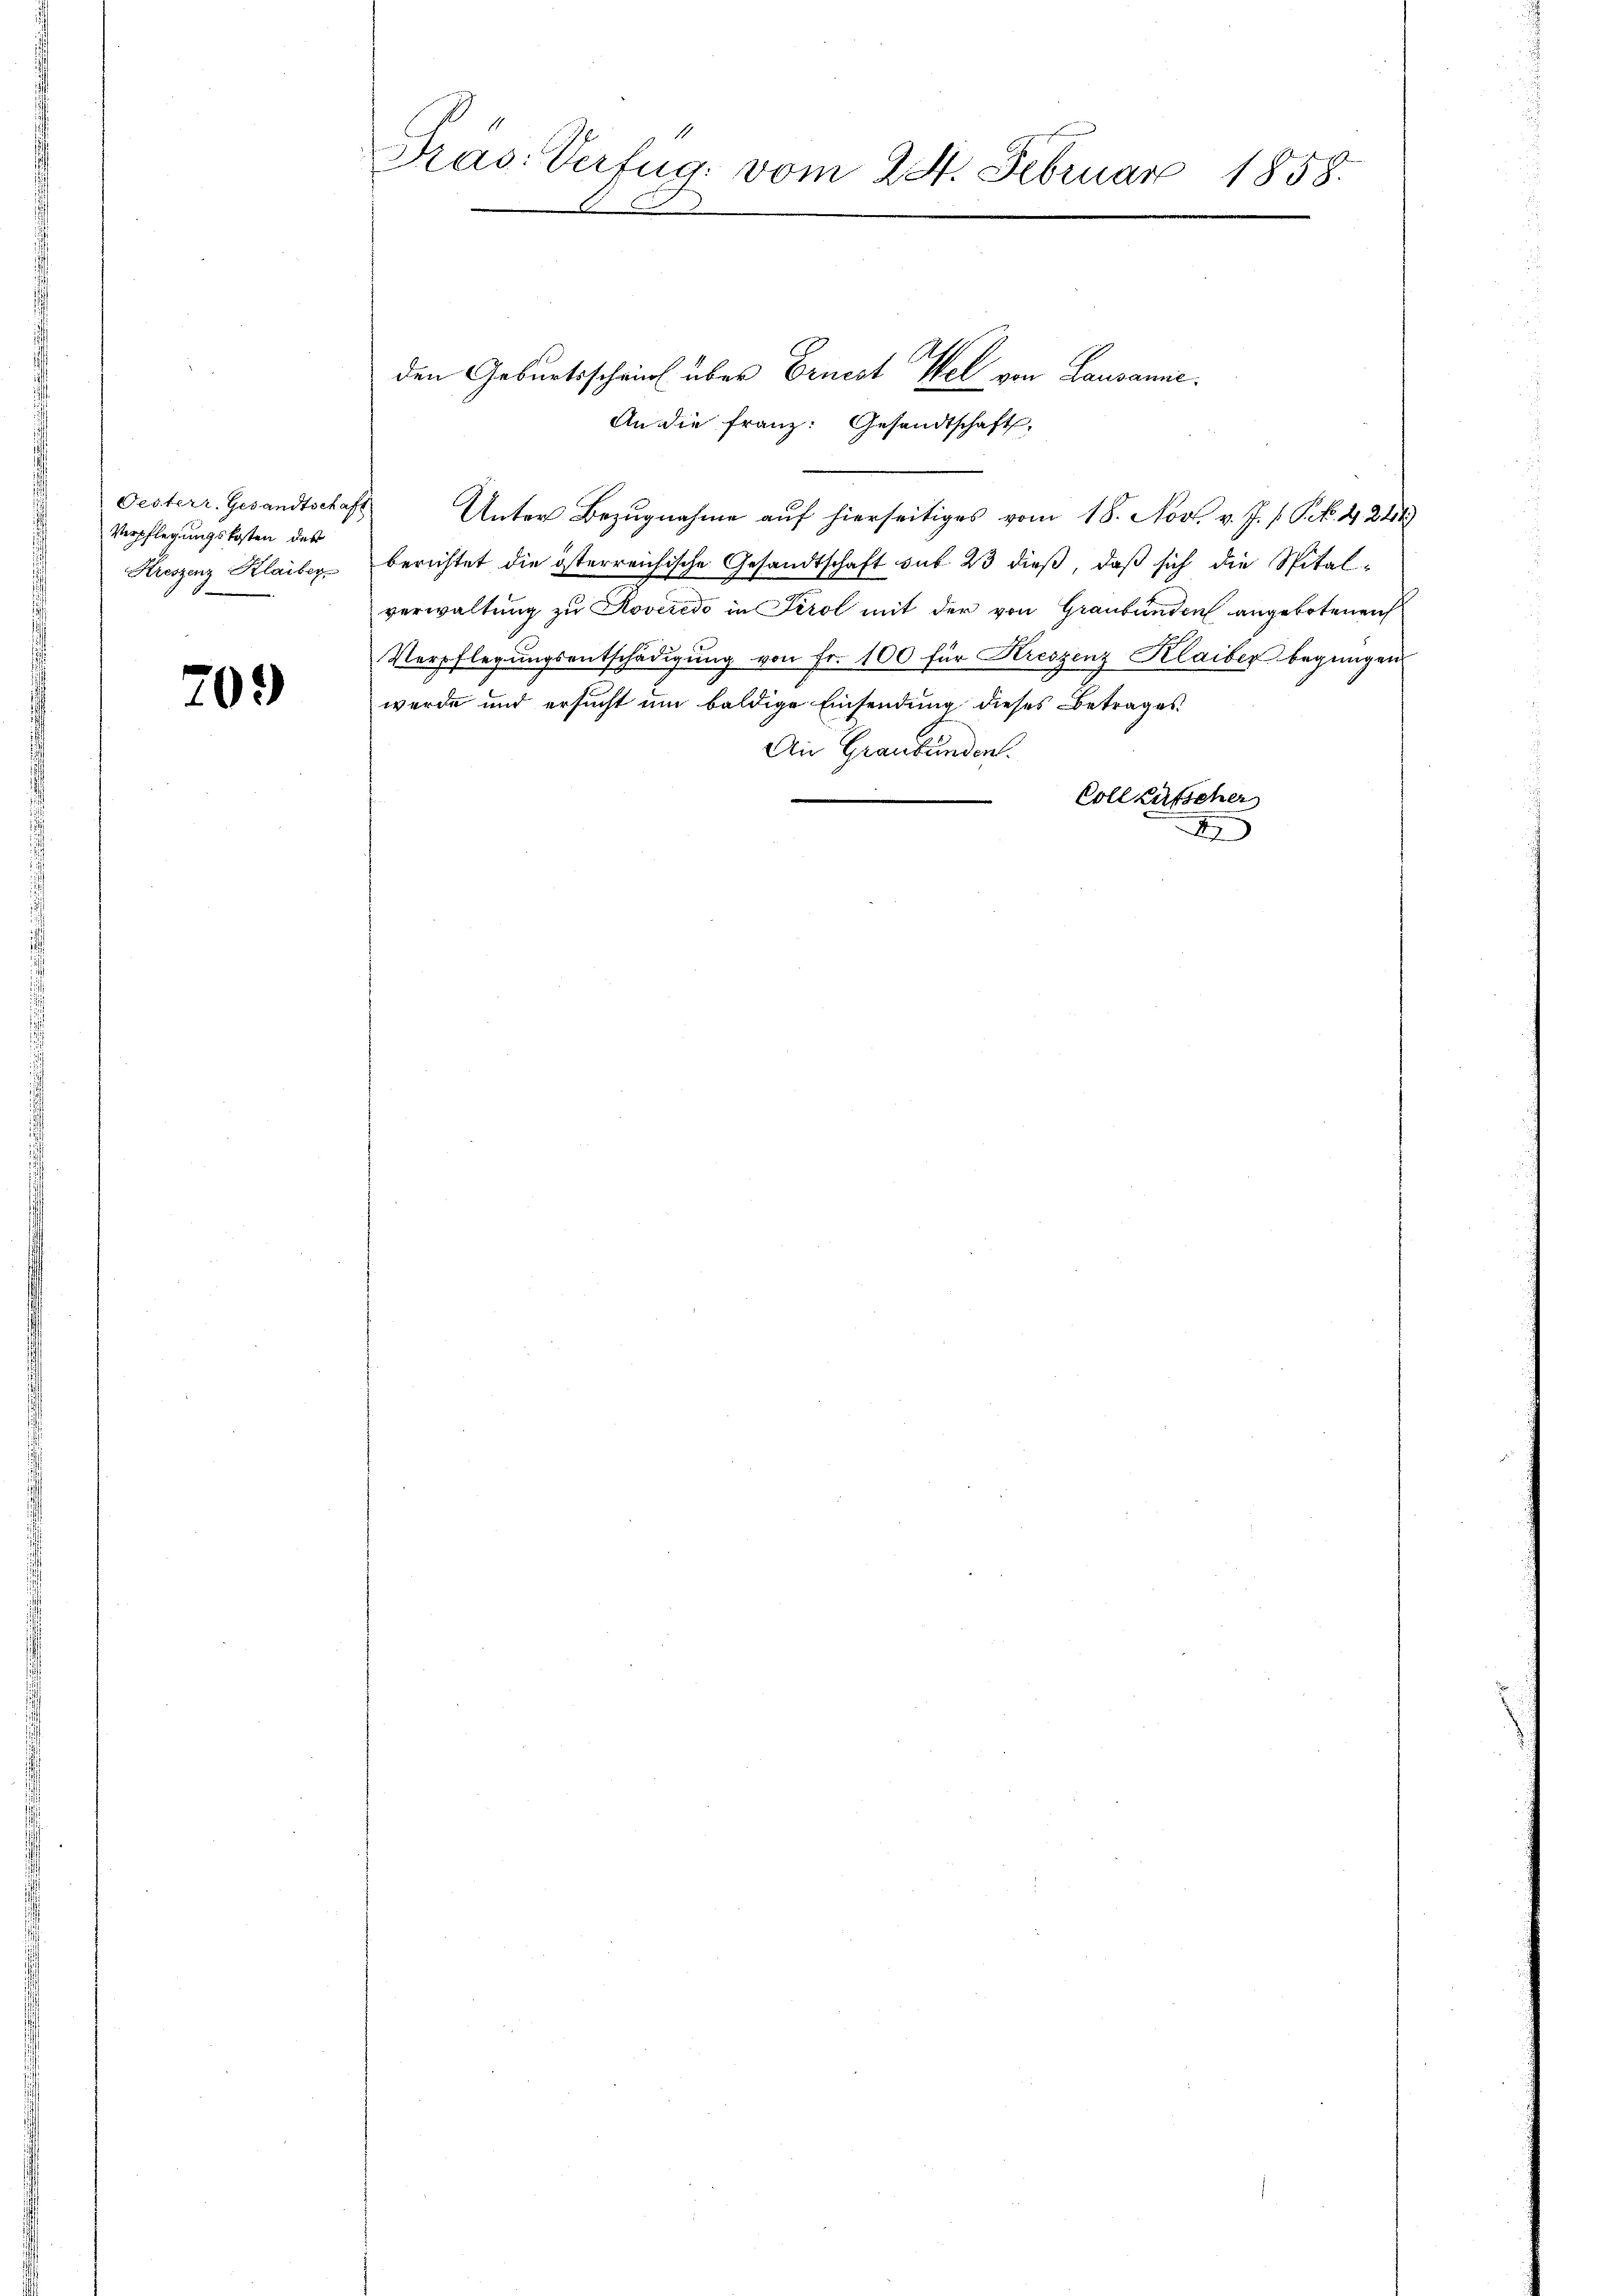
Pesterr. Gesandtschaft
Verpflegungskosten des
Kreszenz Klaiber

70.)

Pras. Verfug: vom 24. Februar 1858.

den Geburtsschrieb über Ernest Hel von Lausanne.
An die Franz: Gesandtschaft,
Unter Bezugnahme auf hierseitiges vom 18. Nov. v. J. P. P. Nr. 4. 284
berichtet die österreichische Gesandtschaft sub 23 dieß, daß sich die Spital
verwaltung zu Roveredo in Tirol mit der von Graubünden angebotenen
Verpflegungsentschädigung von Fr. 100 für Kreszenz Klaiber begnügen.
werde und ersucht um baldige Einsendung dieses Betrages
An Graubünden.
Coll Lätscher
I